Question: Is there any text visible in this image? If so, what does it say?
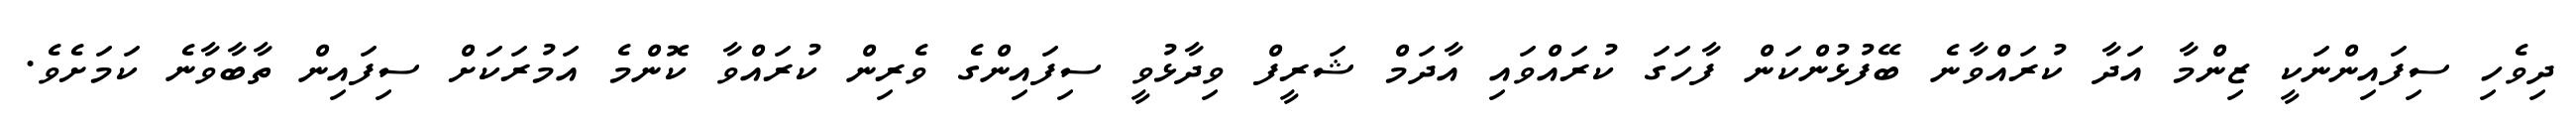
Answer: ދިވެހި ސިފައިންނަކީ ޒިންމާ އަދާ ކުރައްވާނެ ބޭފުޅުންކަން ފާހަގަ ކުރައްވައި އާދަމް ޝަރީފް ވިދާޅުވީ ސިފައިންގެ ވެރިން ކުރައްވާ ކޮންމެ އަމުރަކަށް ސިފައިން ތާބާވާނެ ކަމަށެވެ.